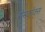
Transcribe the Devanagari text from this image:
गेमकोक्स